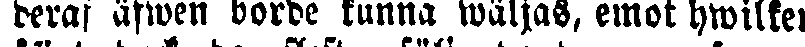
deras äfwen borde kunna wäljas, emot hwilken